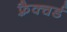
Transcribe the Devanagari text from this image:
फ़्रैक्चर्ड